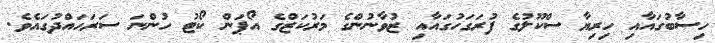
ހިސާބުގައާއި ހިރިޔާ ސްކޫލުގެ ފުރަގަހުގައާއި ޒުވާނުންގެ މަރުކަޒްގެ އޯޕަން ކޯޓު ހުންނަ ސަރަހައްދުގައެވެ.